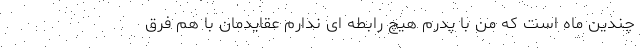
چندین ماه است که من با پدرم هیچ رابطه‌ ای ندارم عقایدمان با هم فرق